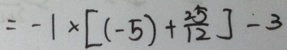
= - 1 \times [ ( - 5 ) + \frac { 2 5 } { 1 2 } ] - 3